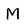
Character: M